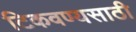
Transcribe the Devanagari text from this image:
टिकवण्यसाठी